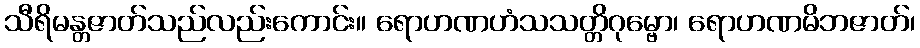
သီရိမန္တဇာတ်သည်လည်းကောင်း။ ရောဟဏဟံသသတ္တိဂုမ္ဗော၊ ရောဟဏမိဘဇာတ်၊